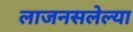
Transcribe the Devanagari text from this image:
लाजनसलेल्या